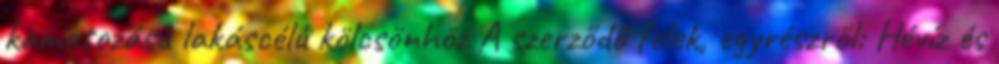
kamatozású lakáscélú kölcsönhöz A szerződő felek, egyrészről: Hévíz és